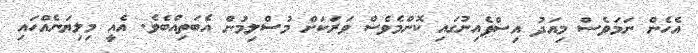
އެހެން ނަމަވެސް މިއަދު އިސްޕެއިނުގައި ކޮންމެވެސް ވަރަކަށް މުސްލިމުން އެބަތިއްބެވެ. އެއީ މިލިޔަނެއްހައި